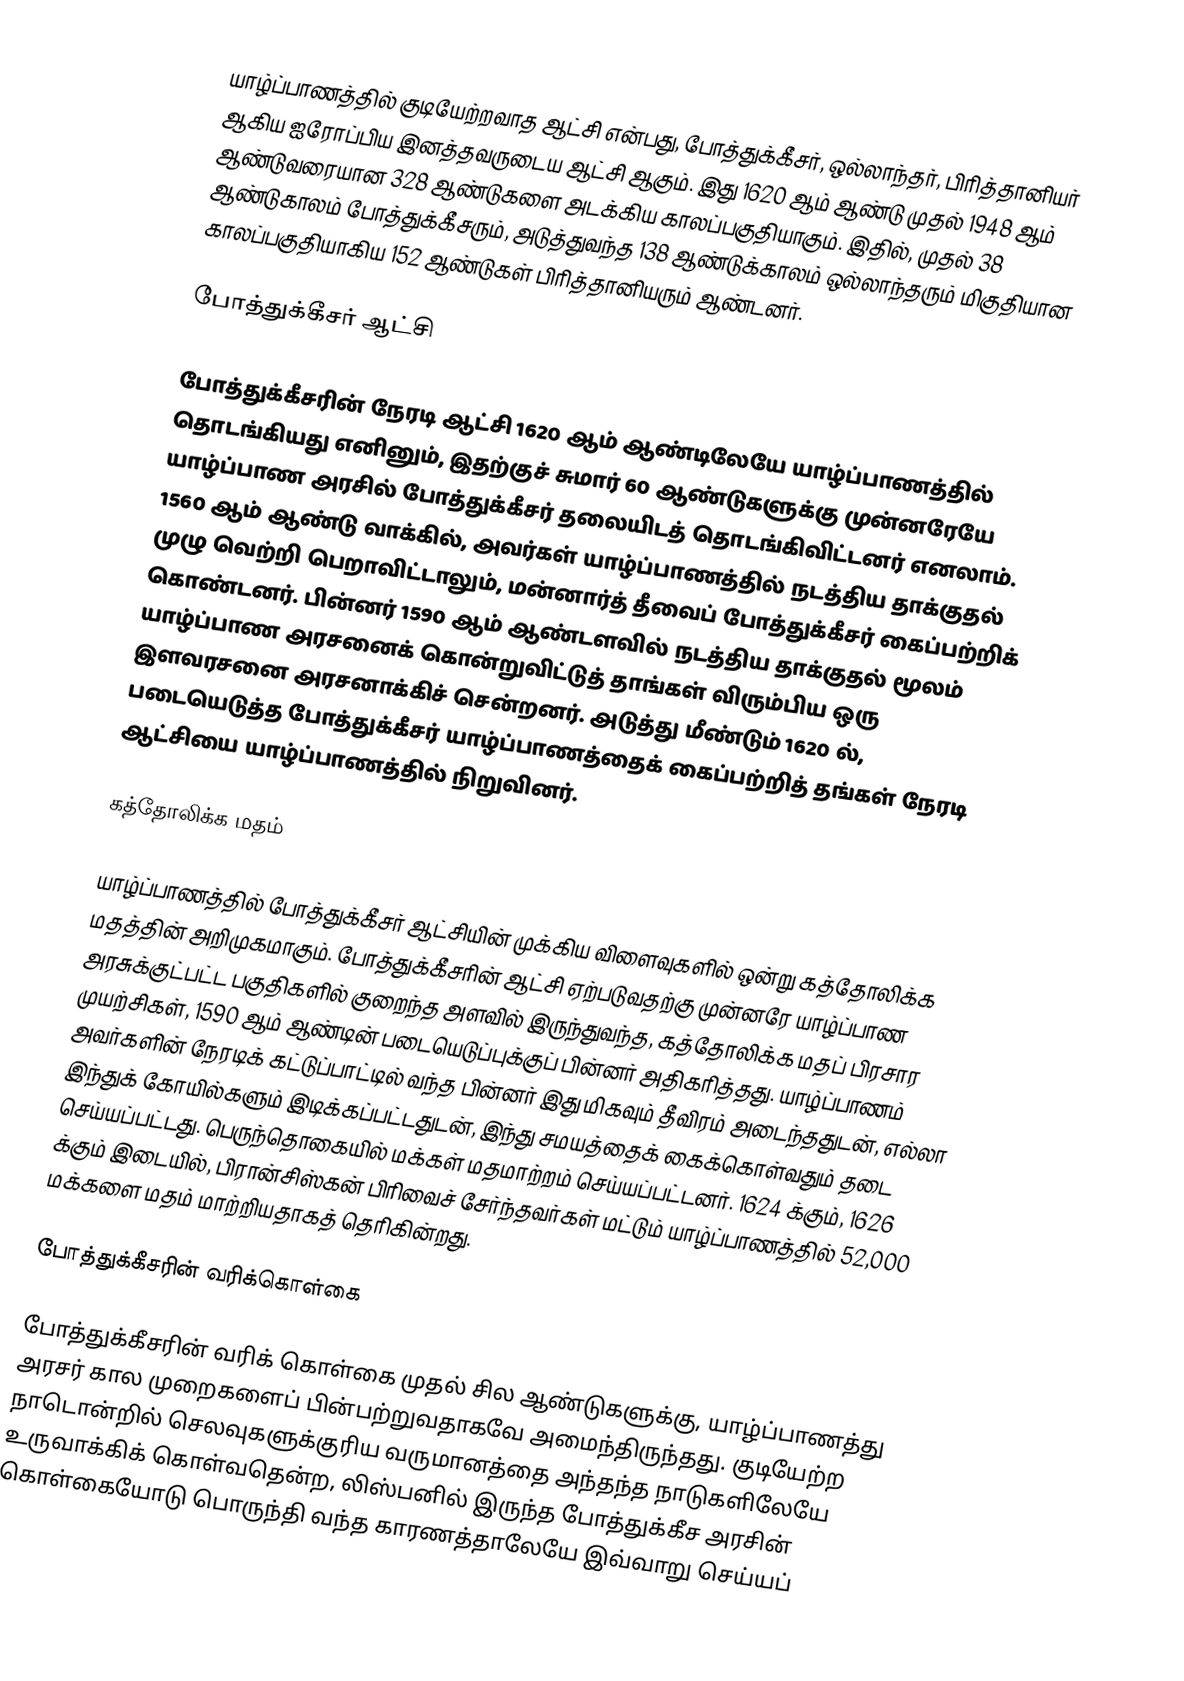
யாழ்ப்பாணத்தில் குடியேற்றவாத ஆட்சி என்பது, போத்துக்கீசர், ஒல்லாந்தர், பிரித்தானியர் ஆகிய ஐரோப்பிய இனத்தவருடைய ஆட்சி ஆகும். இது 1620 ஆம் ஆண்டு முதல் 1948 ஆம் ஆண்டுவரையான 328 ஆண்டுகளை அடக்கிய காலப்பகுதியாகும். இதில், முதல் 38 ஆண்டுகாலம் போத்துக்கீசரும், அடுத்துவந்த 138 ஆண்டுக்காலம் ஒல்லாந்தரும் மிகுதியான காலப்பகுதியாகிய 152 ஆண்டுகள் பிரித்தானியரும் ஆண்டனர்.

போத்துக்கீசர் ஆட்சி

போத்துக்கீசரின் நேரடி ஆட்சி 1620 ஆம் ஆண்டிலேயே யாழ்ப்பாணத்தில் தொடங்கியது எனினும், இதற்குச் சுமார் 60 ஆண்டுகளுக்கு முன்னரேயே யாழ்ப்பாண அரசில் போத்துக்கீசர் தலையிடத் தொடங்கிவிட்டனர் எனலாம். 1560 ஆம் ஆண்டு வாக்கில், அவர்கள் யாழ்ப்பாணத்தில் நடத்திய தாக்குதல் முழு வெற்றி பெறாவிட்டாலும், மன்னார்த் தீவைப் போத்துக்கீசர் கைப்பற்றிக் கொண்டனர். பின்னர் 1590 ஆம் ஆண்டளவில் நடத்திய தாக்குதல் மூலம் யாழ்ப்பாண அரசனைக் கொன்றுவிட்டுத் தாங்கள் விரும்பிய ஒரு இளவரசனை அரசனாக்கிச் சென்றனர். அடுத்து மீண்டும் 1620 ல், படையெடுத்த போத்துக்கீசர் யாழ்ப்பாணத்தைக் கைப்பற்றித் தங்கள் நேரடி ஆட்சியை யாழ்ப்பாணத்தில் நிறுவினர்.

கத்தோலிக்க மதம்

யாழ்ப்பாணத்தில் போத்துக்கீசர் ஆட்சியின் முக்கிய விளைவுகளில் ஒன்று கத்தோலிக்க மதத்தின் அறிமுகமாகும். போத்துக்கீசரின் ஆட்சி ஏற்படுவதற்கு முன்னரே யாழ்ப்பாண அரசுக்குட்பட்ட பகுதிகளில் குறைந்த அளவில் இருந்துவந்த, கத்தோலிக்க மதப் பிரசார முயற்சிகள், 1590 ஆம் ஆண்டின் படையெடுப்புக்குப் பின்னர் அதிகரித்தது. யாழ்ப்பாணம் அவர்களின் நேரடிக் கட்டுப்பாட்டில் வந்த பின்னர் இது மிகவும் தீவிரம் அடைந்ததுடன், எல்லா இந்துக் கோயில்களும் இடிக்கப்பட்டதுடன், இந்து சமயத்தைக் கைக்கொள்வதும் தடை செய்யப்பட்டது. பெருந்தொகையில் மக்கள் மதமாற்றம் செய்யப்பட்டனர். 1624 க்கும், 1626 க்கும் இடையில், பிரான்சிஸ்கன் பிரிவைச் சேர்ந்தவர்கள் மட்டும் யாழ்ப்பாணத்தில் 52,000 மக்களை மதம் மாற்றியதாகத் தெரிகின்றது.

போத்துக்கீசரின் வரிக்கொள்கை

போத்துக்கீசரின் வரிக் கொள்கை முதல் சில ஆண்டுகளுக்கு, யாழ்ப்பாணத்து அரசர் கால முறைகளைப் பின்பற்றுவதாகவே அமைந்திருந்தது. குடியேற்ற நாடொன்றில் செலவுகளுக்குரிய வருமானத்தை அந்தந்த நாடுகளிலேயே உருவாக்கிக் கொள்வதென்ற, லிஸ்பனில் இருந்த போத்துக்கீச அரசின் கொள்கையோடு பொருந்தி வந்த காரணத்தாலேயே இவ்வாறு செய்யப்